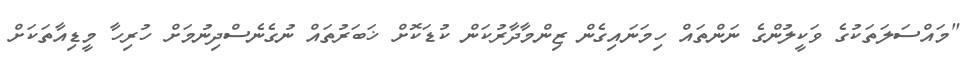
"މައްސަލަތަކުގެ ވަކީލުންގެ ނަންތައް ހިމަނައިގެން ޒިންމާދާރުކަން ކުޑަކޮށް ޚަބަރުތައް ނުގެނެސްދިނުމަށް ހުރިހާ މީޑިއާތަކަށް